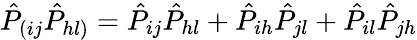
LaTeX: \hat{P}_{(ij}\hat{P}_{hl)}=\hat{P}_{ij}\hat{P}_{hl}+\hat{P}_{ih}\hat{P}_{jl}+\hat{P}_{il}\hat{P}_{jh}